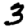
Digit: 3